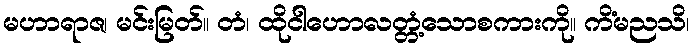
မဟာရာဇ၊ မင်းမြတ်။ တံ၊ ထိုငါဟောလတ္တံ့သောစကားကို။ ကိံမညသိ၊